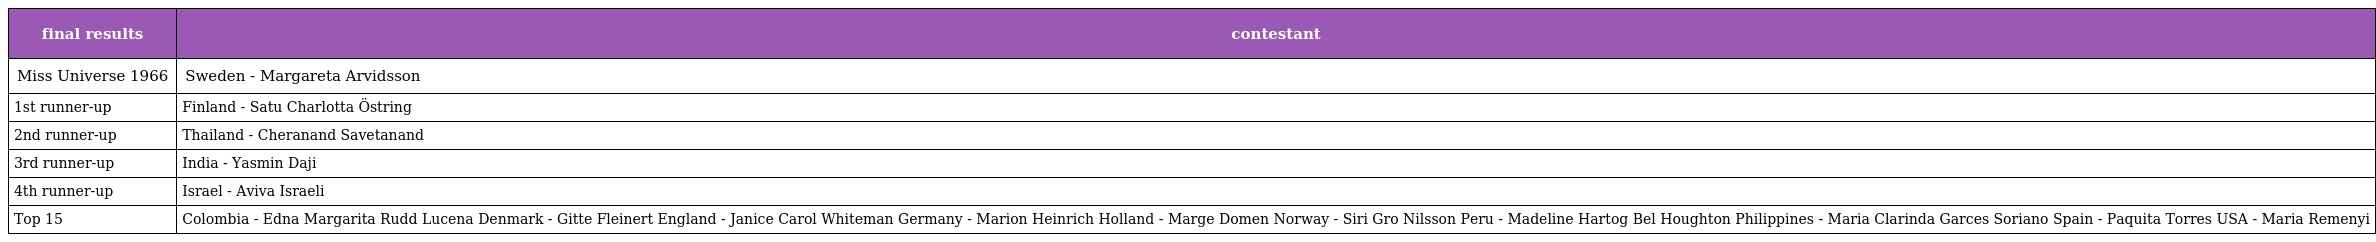
| final results | contestant |
 | --- | --- |
 | Miss Universe 1966 | Sweden - Margareta Arvidsson |
 | 1st runner-up | Finland - Satu Charlotta Östring |
 | 2nd runner-up | Thailand - Cheranand Savetanand |
 | 3rd runner-up | India - Yasmin Daji |
 | 4th runner-up | Israel - Aviva Israeli |
 | Top 15 | Colombia - Edna Margarita Rudd Lucena Denmark - Gitte Fleinert England - Janice Carol Whiteman Germany - Marion Heinrich Holland - Marge Domen Norway - Siri Gro Nilsson Peru - Madeline Hartog Bel Houghton Philippines - Maria Clarinda Garces Soriano Spain - Paquita Torres USA - Maria Remenyi |